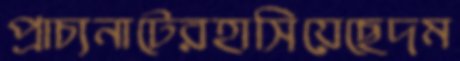
প্রাচ্যনাটেরহাসিয়েছেদম